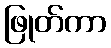
ဖြုတ်ကာ